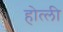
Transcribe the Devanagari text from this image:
होत्ली